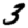
Digit: 3